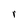
Character: r